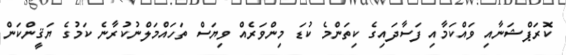
ކޮރަޕްޝަނާއި ވައްކަމާއި ފަސާދައިގެ ކިތަންމެ ކުޑަ މިންވަރެއް ވިޔަސް ތަހައްމަލްނުކުރާނެ ކަމުގެ ޔަޤީންކަން